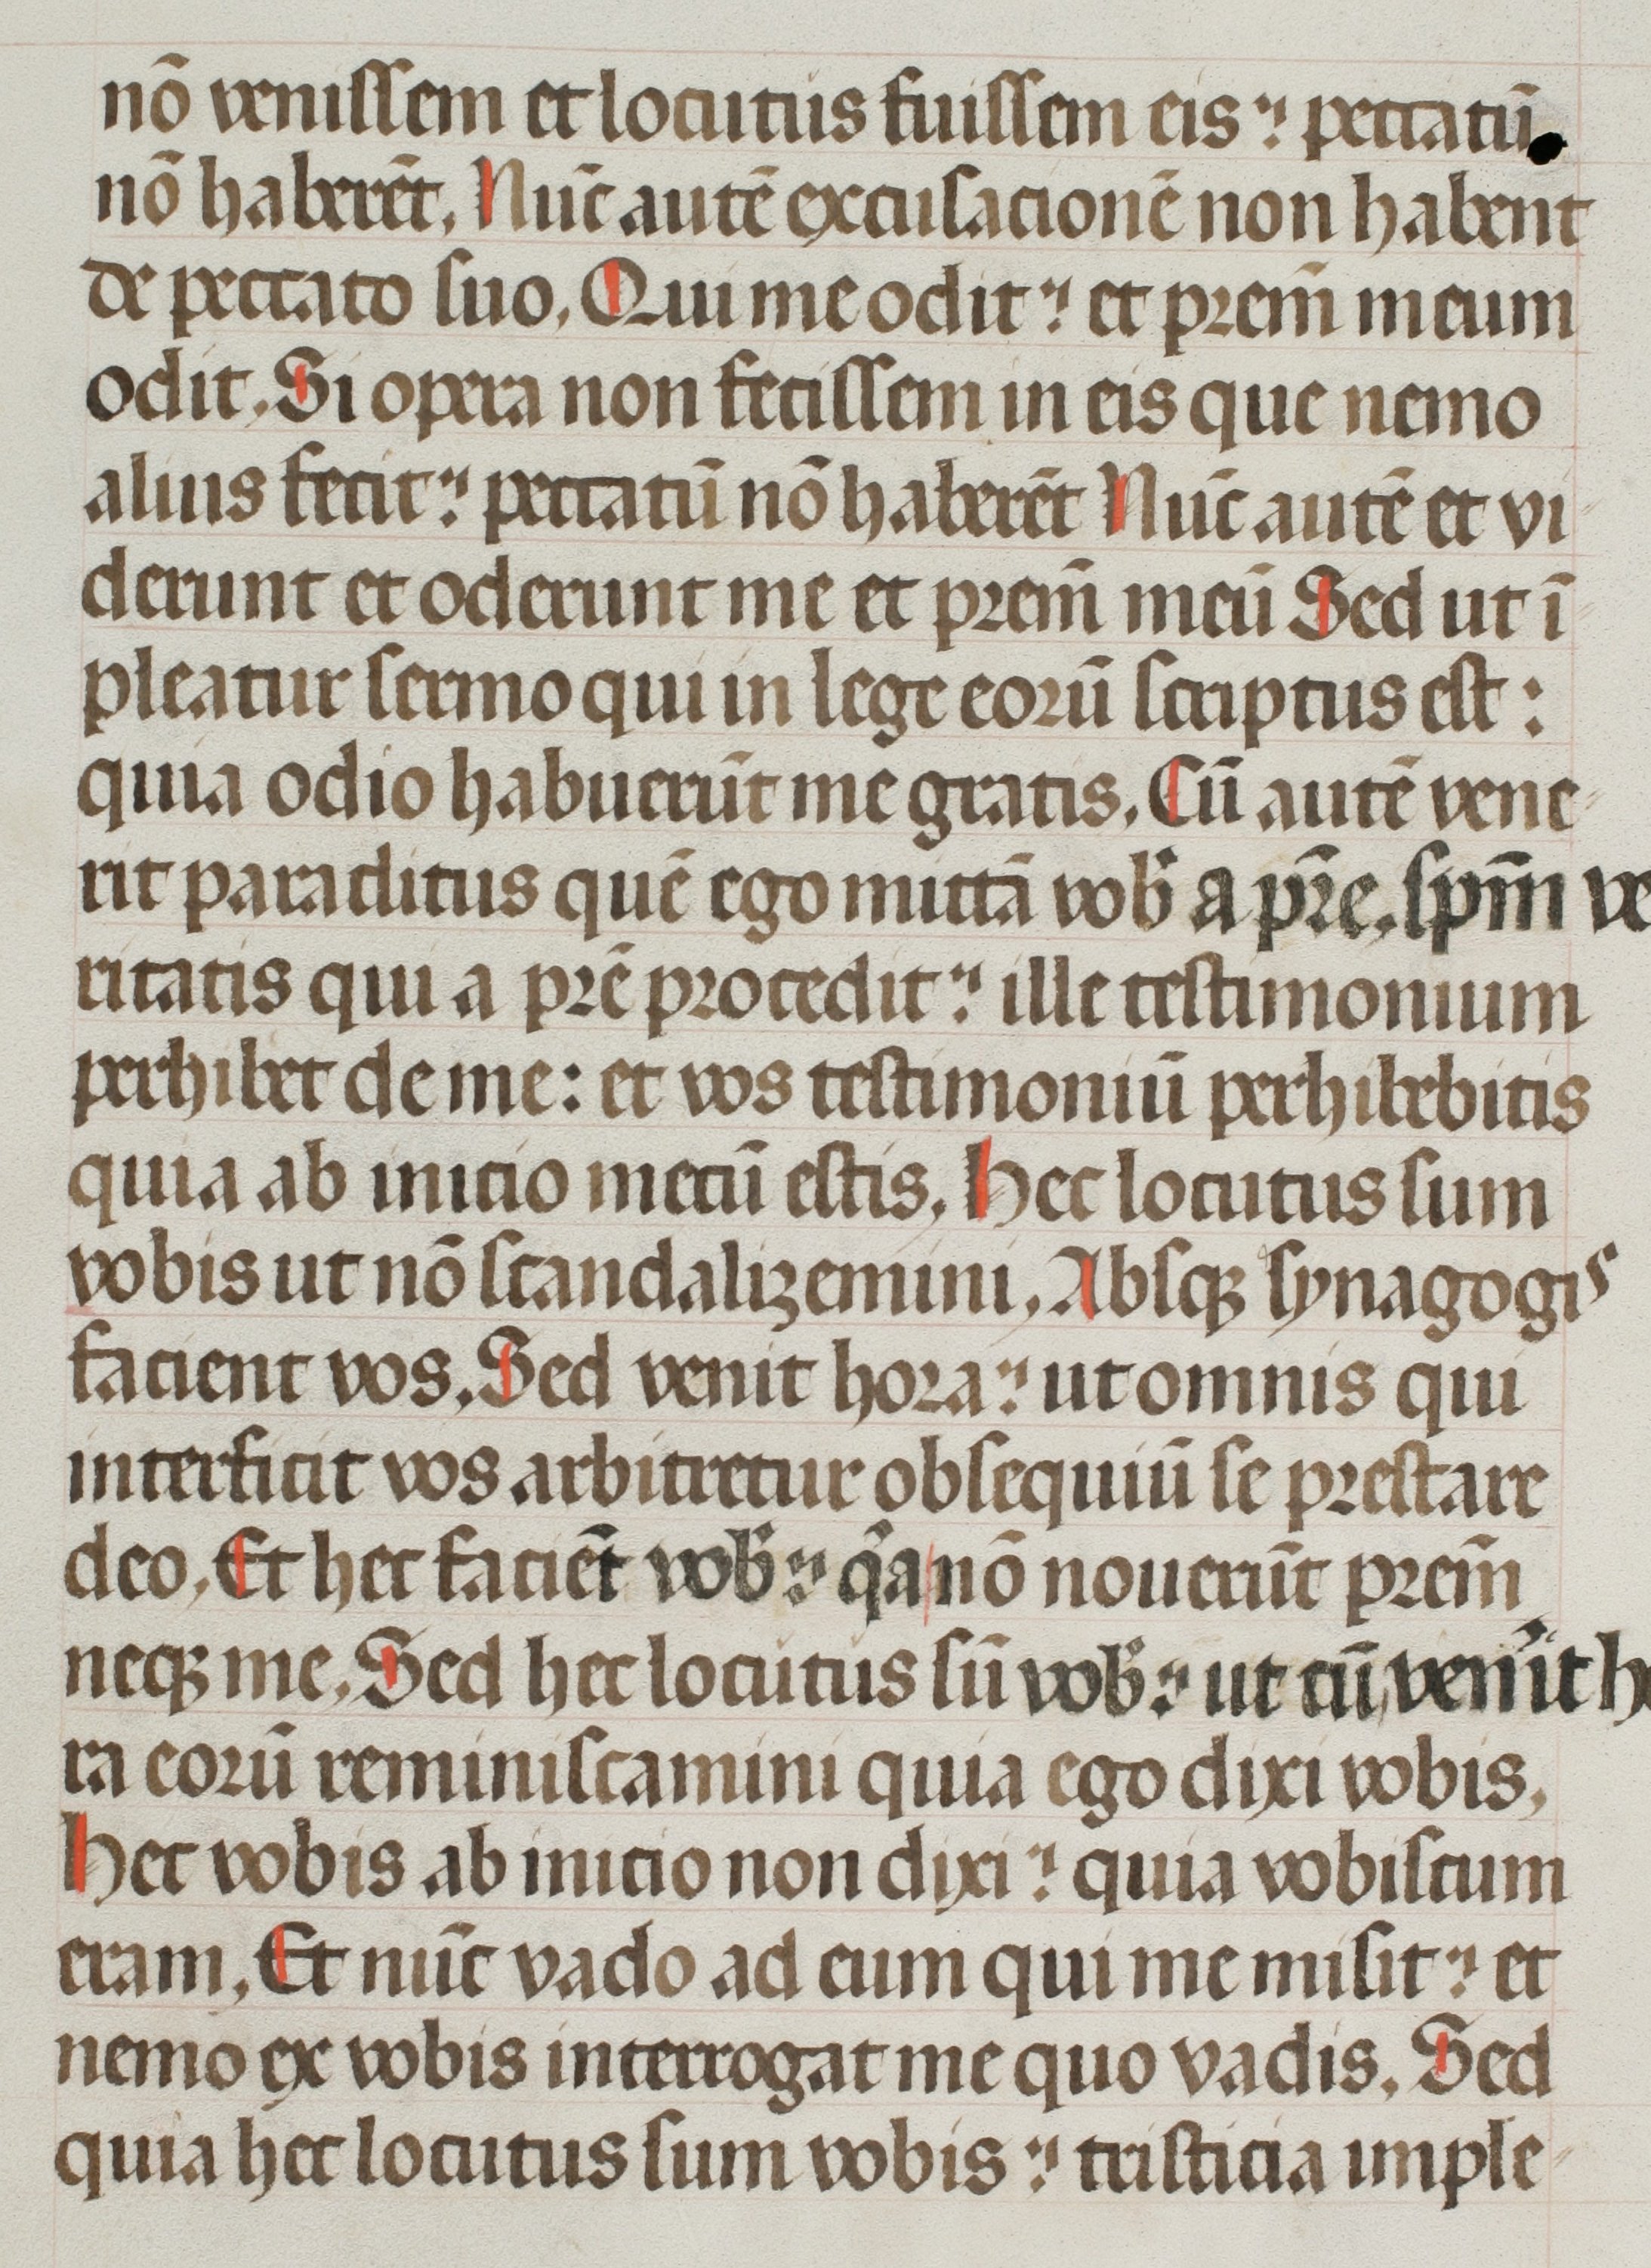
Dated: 1400–1499